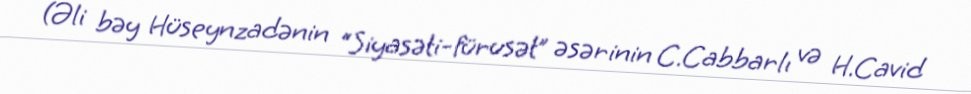
(Əli bəy Hüseynzadənin “Siyasəti-fürusət” əsərinin C.Cabbarlı və H.Cavid